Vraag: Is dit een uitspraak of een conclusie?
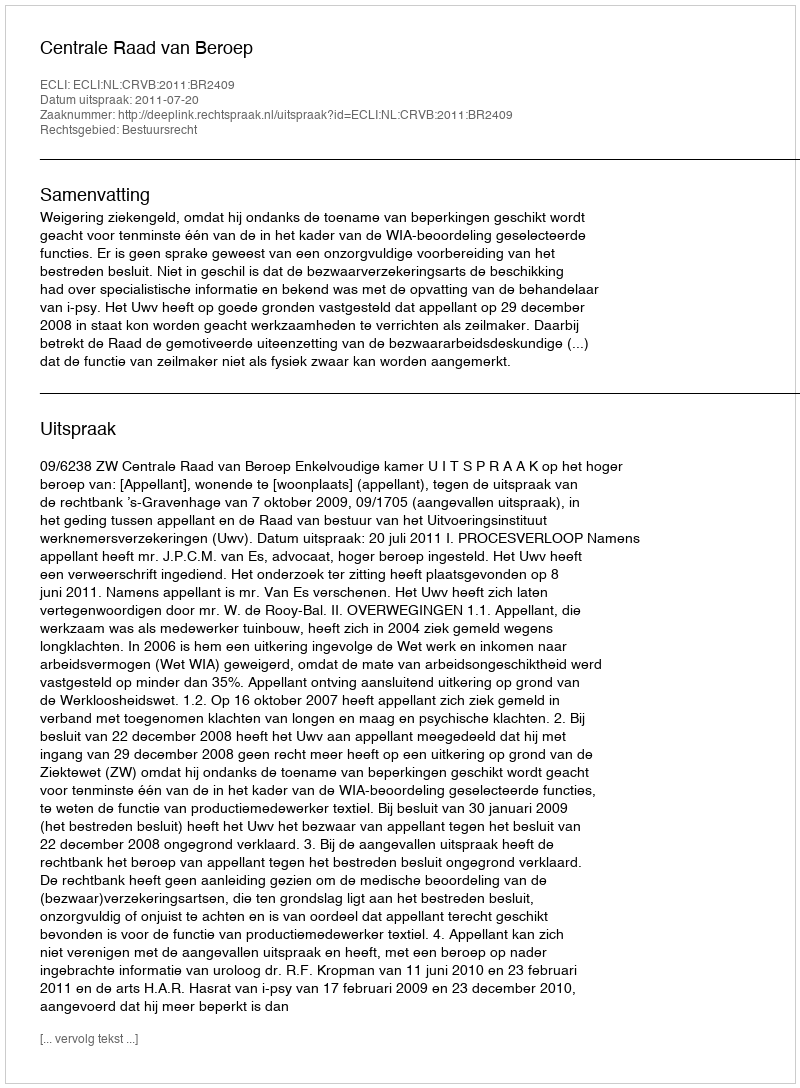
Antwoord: Uitspraak